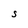
Character: S